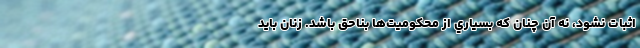
اثبات نشود، نه آن چنان كه بسياري از محكوميت‌ها بناحق باشد. زنان بايد